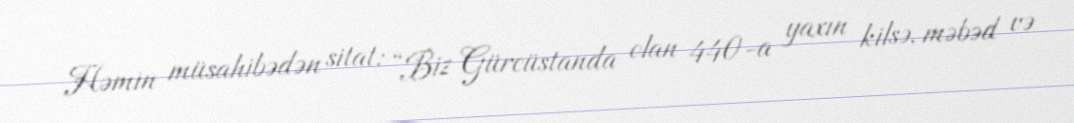
Həmin müsahibədən sitat: “Biz Gürcüstanda olan 440-a yaxın kilsə, məbəd və